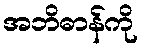
အဘိဓာန်ကို